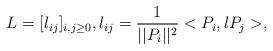
LaTeX: \begin{align*}L=[l_{ij}]_{i,j\geq 0},l_{ij} = \frac{1}{||P_i||^2} <P_i,lP_j>,\end{align*}